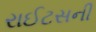
રાઈટસની